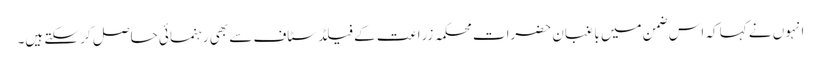
انہوں نے کہا کہ اس ضمن میں باغبان حضرات محکمہ زراعت کے فیلڈ سٹاف سے بھی رہنمائی حاصل کر سکتے ہیں۔